Civil Veterinary Dept. Bombay admin report 1932-41 - 1932-1941
Year: 1932
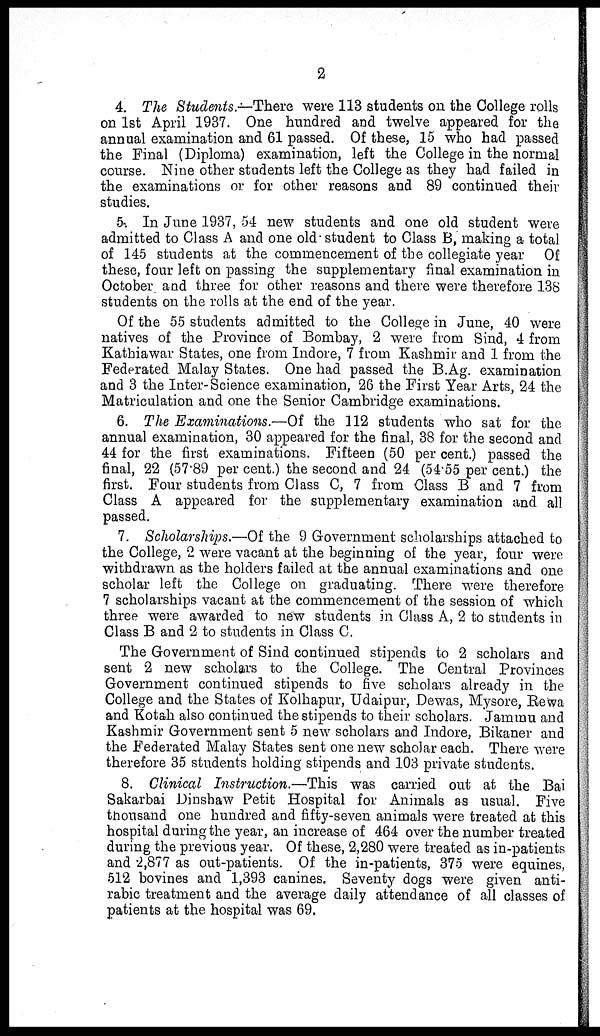
2
4. The Students.—There were 113 students on the College rolls
on 1st April 1937. One hundred and twelve appeared for the
annual examination and 61 passed. Of these, 15 who had passed
the Final (Diploma) examination, left the College in the normal
course. Nine other students left the College as they had failed in
the examinations or for other reasons and 89 continued their
studies.
5. In June 1937, 54 new students and one old student were
admitted to Class A and one old student to Class B, making a total
of 145 students at the commencement of the collegiate year Of
these, four left on passing the supplementary final examination in
October and three for other reasons and there were therefore 138
students on the rolls at the end of the year.
Of the 55 students admitted to the College in June, 40 were
natives of the Province of Bombay, 2 were from Sind, 4 from
Kathiawar States, one from Indore, 7 from Kashmir and 1 from the
Federated Malay States. One had passed the B.Ag. examination
and 3 the Inter-Science examination, 26 the First Year Arts, 24 the
Matriculation and one the Senior Cambridge examinations.
6. The Examinations.—Of the 112 students who sat for the
annual examination, 30 appeared for the final, 38 for the second and
44 for the first examinations. Fifteen (50 per cent.) passed the
final, 22 (57.89 per cent.) the second and 24 (54.55 per cent.) the
first. Four students from Class C, 7 from Class B and 7 from
Class A appeared for the supplementary examination and all
passed.
7. Scholarships.—Of the 9 Government scholarships attached to
the College, 2 were vacant at the beginning of the year, four were
withdrawn as the holders failed at the annual examinations and one
scholar left the College on graduating. There were therefore
7 scholarships vacant at the commencement of the session of which
three were awarded to new students in Class A, 2 to students in
Class B and 2 to students in Class C.
The Government of Sind continued stipends to 2 scholars and
sent 2 new scholars to the College. The Central Provinces
Government continued stipends to five scholars already in the
College and the States of Kolhapur, Udaipur, Dewas, Mysore, Rewa
and Kotah also continued the stipends to their scholars. Jammu and
Kashmir Government sent 5 new scholars and Indore, Bikaner and
the Federated Malay States sent one new scholar each. There were
therefore 35 students holding stipends and 103 private students.
8. Clinical Instruction.—This was carried out at the Bai
Sakarbai Dinshaw Petit Hospital for Animals as usual. Five
thousand one hundred and fifty-seven animals were treated at this
hospital during the year, an increase of 464 over the number treated
during the previous year. Of these, 2,280 were treated as in-patients
and 2,877 as out-patients. Of the in-patients, 375 were equines,
512 bovines and 1,393 canines. Seventy dogs were given anti-
rabic treatment and the average daily attendance of all classes of
patients at the hospital was 69.